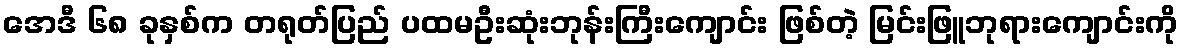
အေဒီ ၆၈ ခုနှစ်က တရုတ်ပြည် ပထမဦးဆုံးဘုန်းကြီးကျောင်း ဖြစ်တဲ့ မြင်းဖြူဘုရားကျောင်းကို